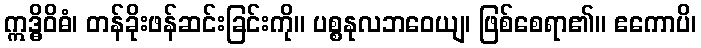
ဣဒ္ဓိဝိဓံ၊ တန်ခိုးဖန်ဆင်းခြင်းကို။ ပစ္စနုလဘဝေယျ၊ ဖြစ်စေရာ၏။ ဧကောပိ၊